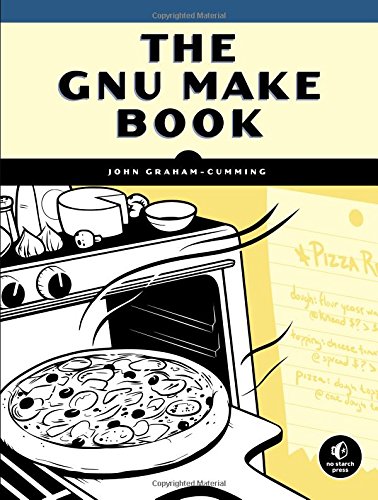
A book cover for The GNU Make Book; John Graham-Cumming; Computers & Technology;